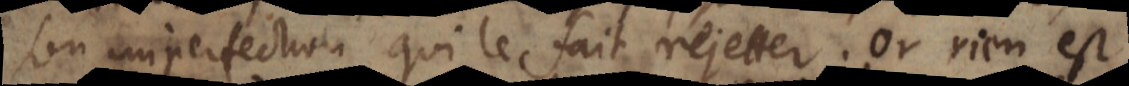
son imperfection qui le fait rejetter. Or rien est